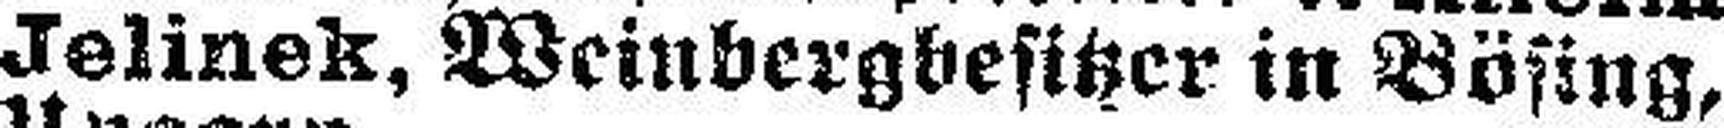
Jelinek, Weinbergbesitzer in Bösing,